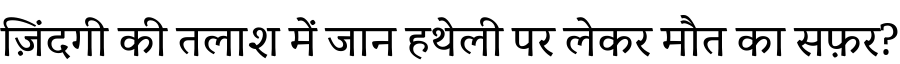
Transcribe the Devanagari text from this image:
ज़िंदगी की तलाश में जान हथेली पर लेकर मौत का सफ़र?